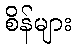
စိန်များ